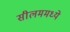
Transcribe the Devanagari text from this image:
सीलममध्ये